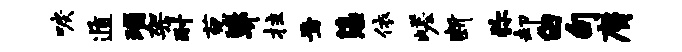
唳遁瑙架耐葱弊拄焉藻依嵯断弥却白句膺